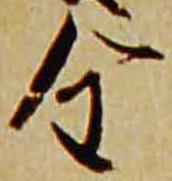
全